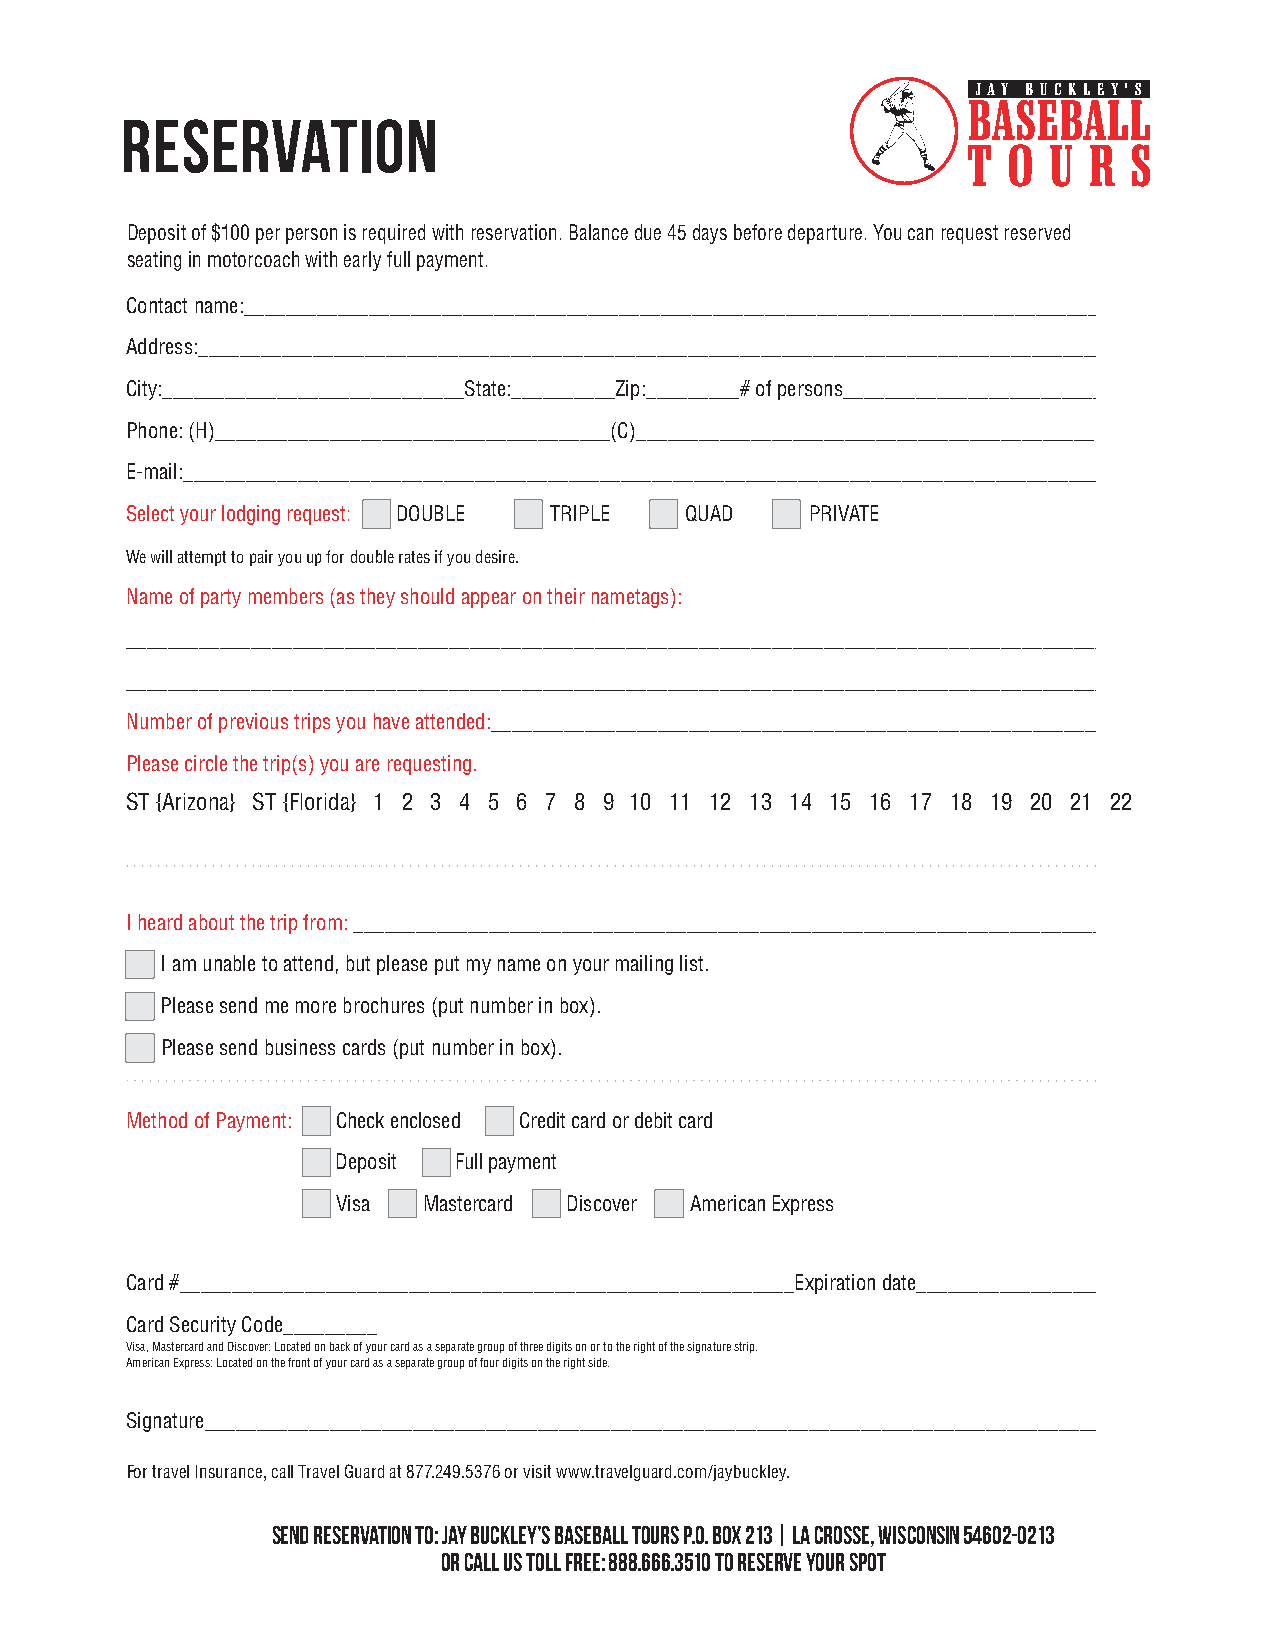
RESERVATION
 Deposit of $100 per person is required with reservation. Balance due 45 days before departure. You can request reserved
 seating in motorcoach with early full payment.
 Contact name:___________________________________________________________________________________
 Address:_______________________________________________________________________________________
 City:_____________________________State:__________Zip:_________# of persons_________________________
 Phone: (H)______________________________________(C)____________________________________________
 E-mail:_________________________________________________________________________________________
 Select your lodging request: [ ] DOUBLE [ ] TRIPLE [ ] QUAD [ ] PRIVATE
 We will attempt to pair you up for double rates if you desire.
 Name of party members (as they should appear on their nametags):
 _______________________________________________________________________________________________
 _______________________________________________________________________________________________
 Number of previous trips you have attended:____________________________________________________________
 Please circle the trip(s) you are requesting.
 ST {Arizona} ST {Florida} 1 2 3 4 5 6 7 8 9 1 0 11 12 13 14 15 16 17 18 19 20 21 22
 I heard about the trip from: ________________________________________________________________________
 [ ] I am unable to attend, but please put my name on your mailing list.
 [ ] Please send me more brochures (put number in box).
 [ ] Please send business cards (put number in box).
 Method of Payment: [ ] Check enclosed [ ] Credit card or debit card
 [ ] Deposit [ ] Full payment
 [ ] Visa [ ] Mastercard [ ] Discover [ ] American Express
 Card #___________________________________________________________Expiration date____________________
 Card Security Code_________
 Visa, Mastercard and Discover: Located on back of your card as a separate group of three digits on or to the right of the signature strip.
 American Express: Located on the front of your card as a separate group of four digits on the right side.
 Signature_______________________________________________________________________________________
 For travel Insurance, call Travel Guard at 877.249.5376 or visit www.travelguard.com/jaybuckley.
 SEND RESERVATION TO: JAY BUCKLEY’S BASEBALL TOURS P.O. BOX 213 | LA CROSSE, WISCONSIN 54602-0213
 OR CALL US TOLL FREE: 888.666.3510 TO RESERVE YOUR SPOT